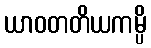
ယာဝတတိယကမ္ပိ